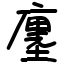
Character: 廛